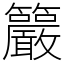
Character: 䉷